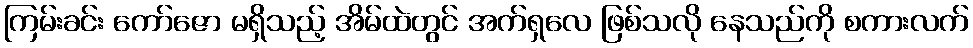
ကြမ်းခင်း ကော်ဇော မရှိသည့် အိမ်ထဲတွင် အက်ရှလေ ဖြစ်သလို နေသည်ကို စကားလက်